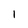
Character: l